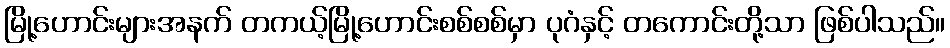
မြို့ဟောင်းများအနက် တကယ့်မြို့ဟောင်းစစ်စစ်မှာ ပုဂံနှင့် တကောင်းတို့သာ ဖြစ်ပါသည်။